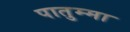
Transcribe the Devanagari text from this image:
पातुम्मा